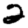
Digit: 2